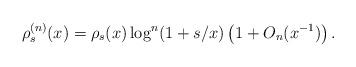
LaTeX: \begin{align*}\rho_s^{(n)}(x) = \rho_s(x) \log^n (1 + s/x)\left( 1 + O_n(x^{-1})\right).\end{align*}